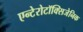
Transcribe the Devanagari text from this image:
एन्टेरोटॉक्सिजेनिक